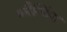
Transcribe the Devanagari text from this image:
ब्लैन्किंग